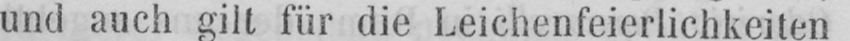
und auch gilt für die Leichenfeierlichkeiten